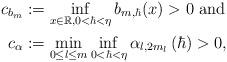
LaTeX: \begin{align*}c_{b_{m}} & :=\inf_{x\in\mathbb{R},0<\hbar<\eta}b_{m,\hbar}(x)>0\text{ and}\\c_{\alpha} & :=\min_{0\leq l\leq m}\inf_{0<\hbar<\eta}\alpha_{l,2m_{l}}\left( \hbar\right) >0, \end{align*}